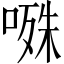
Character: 𭉝